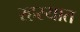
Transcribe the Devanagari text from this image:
रहस्यात